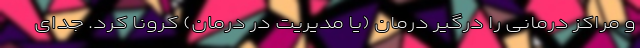
و مراکز درمانی را درگیر درمان (یا مدیریت در درمان) کرونا کرد. جدای